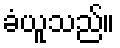
ခံယူသည်။